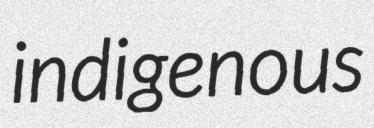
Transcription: indigenous